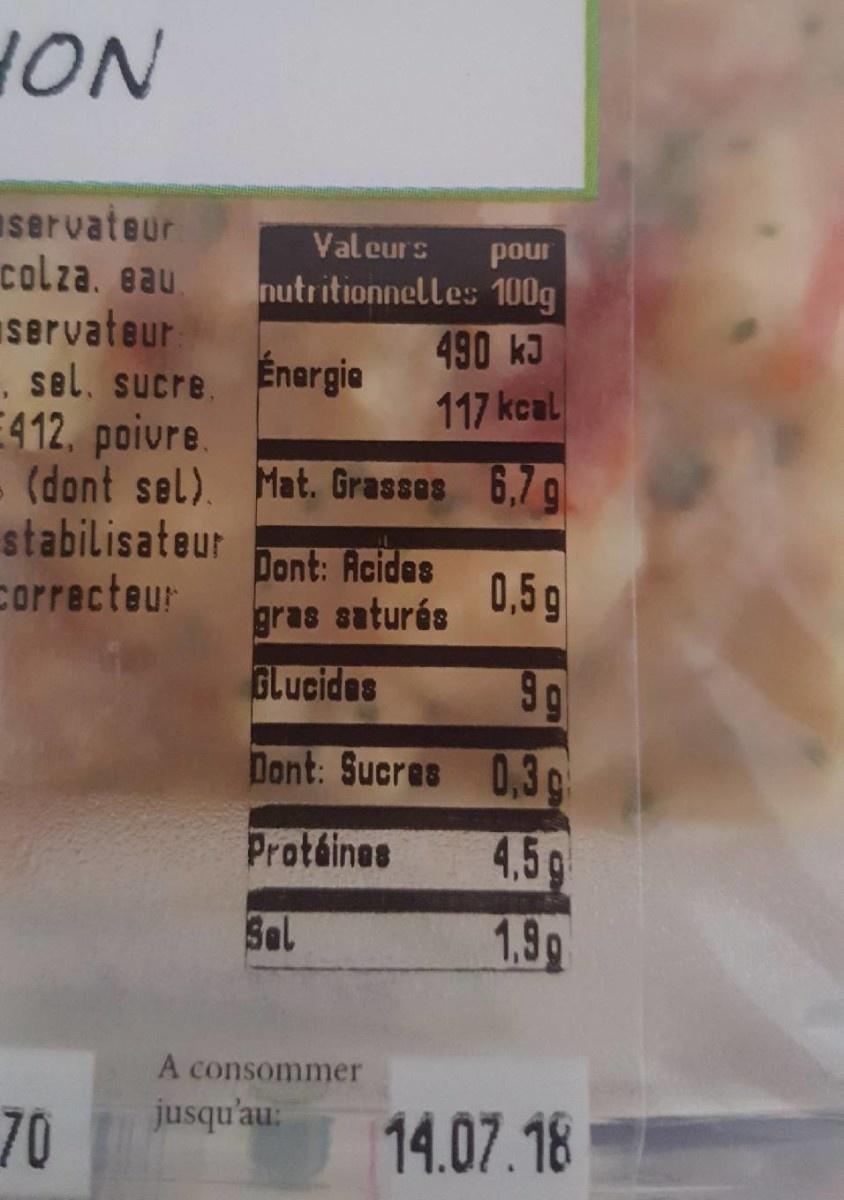
HON
servateur
colza, eau servateur
,
sel. sucre.
E412, poivre.
(dont sel). Mat. Grasses 6,7 g
stabilisateur
Correcteur
Valeurs pour nutritionnelles 100g
490 kJ
Énergie
117 kcal
70
Dont: Acides
gras saturés
Glucides
Dont: Sucres
Protéines
Sal
A consommer jusqu'au:
0,5g
9g
0,3g
4.5 g
1.99
14.07.18